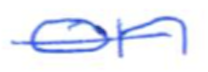
Text: on
Cross-out: single-line
Writing tool: ballpoint